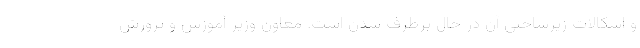
و اشکالات زیرساختی آن در حال برطرف شدن است. معاون وزیر آموزش و پرورش